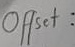
Text: Offset: